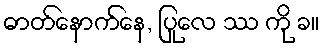
ဓာတ်နောက်နေ, ပြုလေ ဿ ကို ခ။